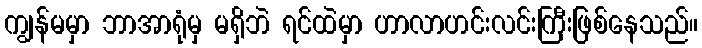
ကျွန်မမှာ ဘာအာရုံမှ မရှိဘဲ ရင်ထဲမှာ ဟာလာဟင်းလင်းကြီးဖြစ်နေသည်။